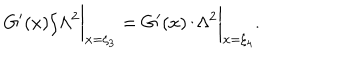
{ G ^ { \prime } ( x ) } / { \Lambda ^ { 2 } } \biggr \vert _ { x = \xi _ { 3 } } = { G ^ { \prime } ( x ) } / { \Lambda ^ { 2 } } \biggr \vert _ { x = \xi _ { 4 } } .